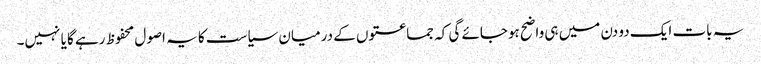
یہ بات ایک دو دن میں ہی واضح ہوجائے گی کہ جماعتوں کے درمیان سیاست کا یہ اصول محفوظ رہے گا یا نہیں۔